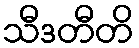
သီဒတီတိ